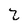
Character: 2